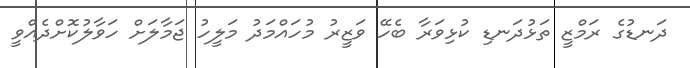
ދަނޑުގެ ރަމްޒީ ތަޅުދަނޑި ކުޅިވަރާ ބެހޭ ވަޒީރު މުހައްމަދު މަލީހު ޖަމާލަށް ހަވާލުކޮށްދެއްވީ